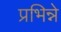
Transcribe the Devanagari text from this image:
प्रभिन्ने